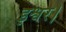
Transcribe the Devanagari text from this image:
इश्वर।